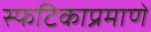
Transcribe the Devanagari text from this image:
स्फटिकाप्रमाणे